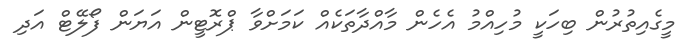
މީގެއިތުރުން ބިހަކީ މުހިއްމު އެހެން މާއްދާތަކެއް ކަމަށްވާ ޕްރޮޓީން އަޔަން ފޯލޭޓް އަދި